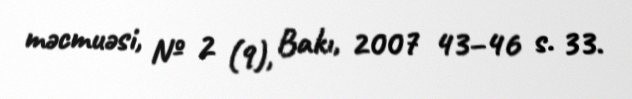
məcmuəsi, № 2 (9), Bakı, 2007 43–46 s. 33.